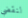
لنقضي